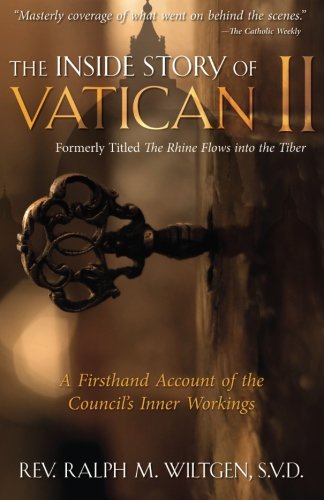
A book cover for The Rhine Flows into the Tiber: A History of Vatican II; Ralph Wiltgen; Religion & Spirituality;